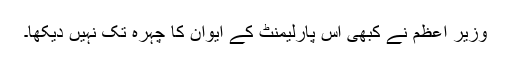
وزیر اعظم نے کبھی اس پارلیمنٹ کے ایوان کا چہرہ تک نہیں دیکھا۔